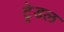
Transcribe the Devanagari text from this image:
ट्रेडल